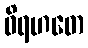
ဝိရဟတေ